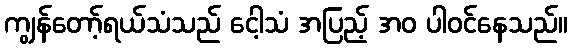
ကျွန်တော့်ရယ်သံသည် ငေါ့သံ အပြည့် အဝ ပါဝင်နေသည်။